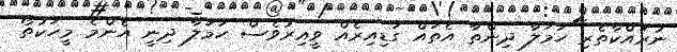
ނުރައްކާތެރި ހަމަލާ ދިންތާ އެތައް ގަޑިއިރެއް ވީއިރުވެސް ހަމަލާ ދިނީ އެންމެ މީހަކުތޯ